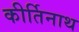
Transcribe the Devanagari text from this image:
कीर्तिनाथ